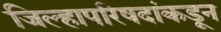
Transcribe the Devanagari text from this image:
जिल्हापरिषदांकडून